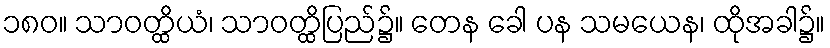
၁၈၀။ သာဝတ္ထိယံ၊ သာဝတ္ထိပြည်၌။ တေန ခေါ ပန သမယေန၊ ထိုအခါ၌။